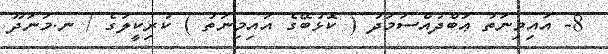
8- އައިމިނަތު ޢަބްދުއްސަމަދު ( ކޮޅުބޭގެ އައިމިނަތު ) ކުރިކީލަގެ / ނ.މަނަދޫ